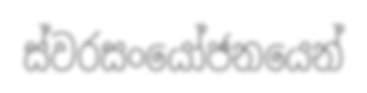
ස්වරසංයෝජනයෙන්